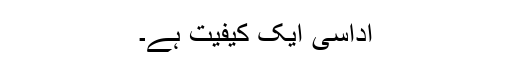
اداسی ایک کیفیت ہے۔